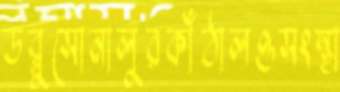
ডব্লুসোনালুরকাঁঠালওসংস্থা